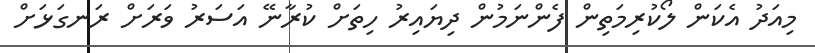
މިއަދު އެކަން ލޯކުރިމަތިން ފެންނަމުން ދިޔައިރު ހިތަށް ކުރާނޭ އަސަރު ވަރަށް ރަނގަޅަށް